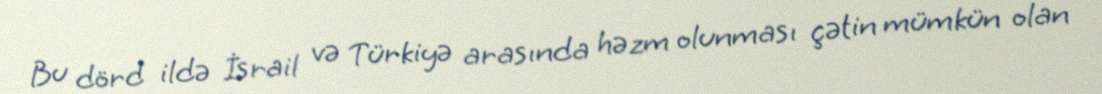
Bu dörd ildə İsrail və Türkiyə arasında həzm olunması çətin mümkün olan